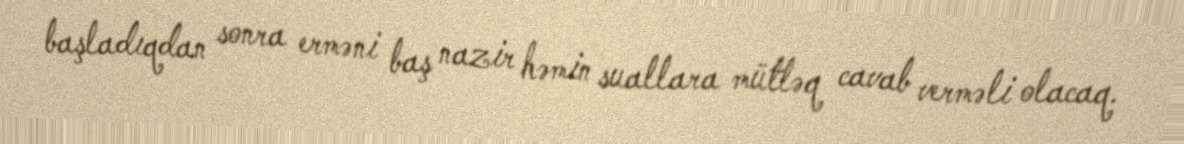
başladıqdan sonra erməni baş nazir həmin suallara mütləq cavab verməli olacaq.